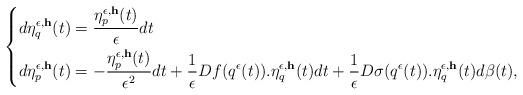
LaTeX: \begin{align*}\left\lbrace\begin{aligned}d\eta_q^{\epsilon,{\bf h}}(t)&=\frac{\eta_p^{\epsilon,{\bf h}}(t)}{\epsilon}dt\\d\eta_p^{\epsilon,{\bf h}}(t)&=-\frac{\eta_p^{\epsilon,{\bf h}}(t)}{\epsilon^2}dt+\frac{1}{\epsilon}Df(q^\epsilon(t)).\eta_q^{\epsilon,{\bf h}}(t)dt+\frac{1}{\epsilon}D\sigma(q^\epsilon(t)).\eta_q^{\epsilon,{\bf h}}(t)d\beta(t),\end{aligned}\right.\end{align*}